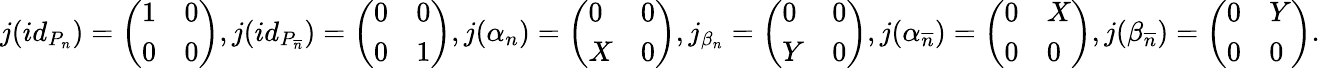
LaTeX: j(id_{P_{n}})=\left(\begin{array}{ll}{1}&{0}\\ {0}&{0}\end{array}\right),j(id_{P_{\overline{{n}}}})=\left(\begin{array}{ll}{0}&{0}\\ {0}&{1}\end{array}\right),j(\alpha_{n})=\left(\begin{array}{ll}{0}&{0}\\ {X}&{0}\end{array}\right),j_{\beta_{n}}=\left(\begin{array}{ll}{0}&{0}\\ {Y}&{0}\end{array}\right),j(\alpha_{\overline{{n}}})=\left(\begin{array}{ll}{0}&{X}\\ {0}&{0}\end{array}\right),j(\beta_{\overline{{n}}})=\left(\begin{array}{ll}{0}&{Y}\\ {0}&{0}\end{array}\right).